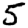
Digit: 5